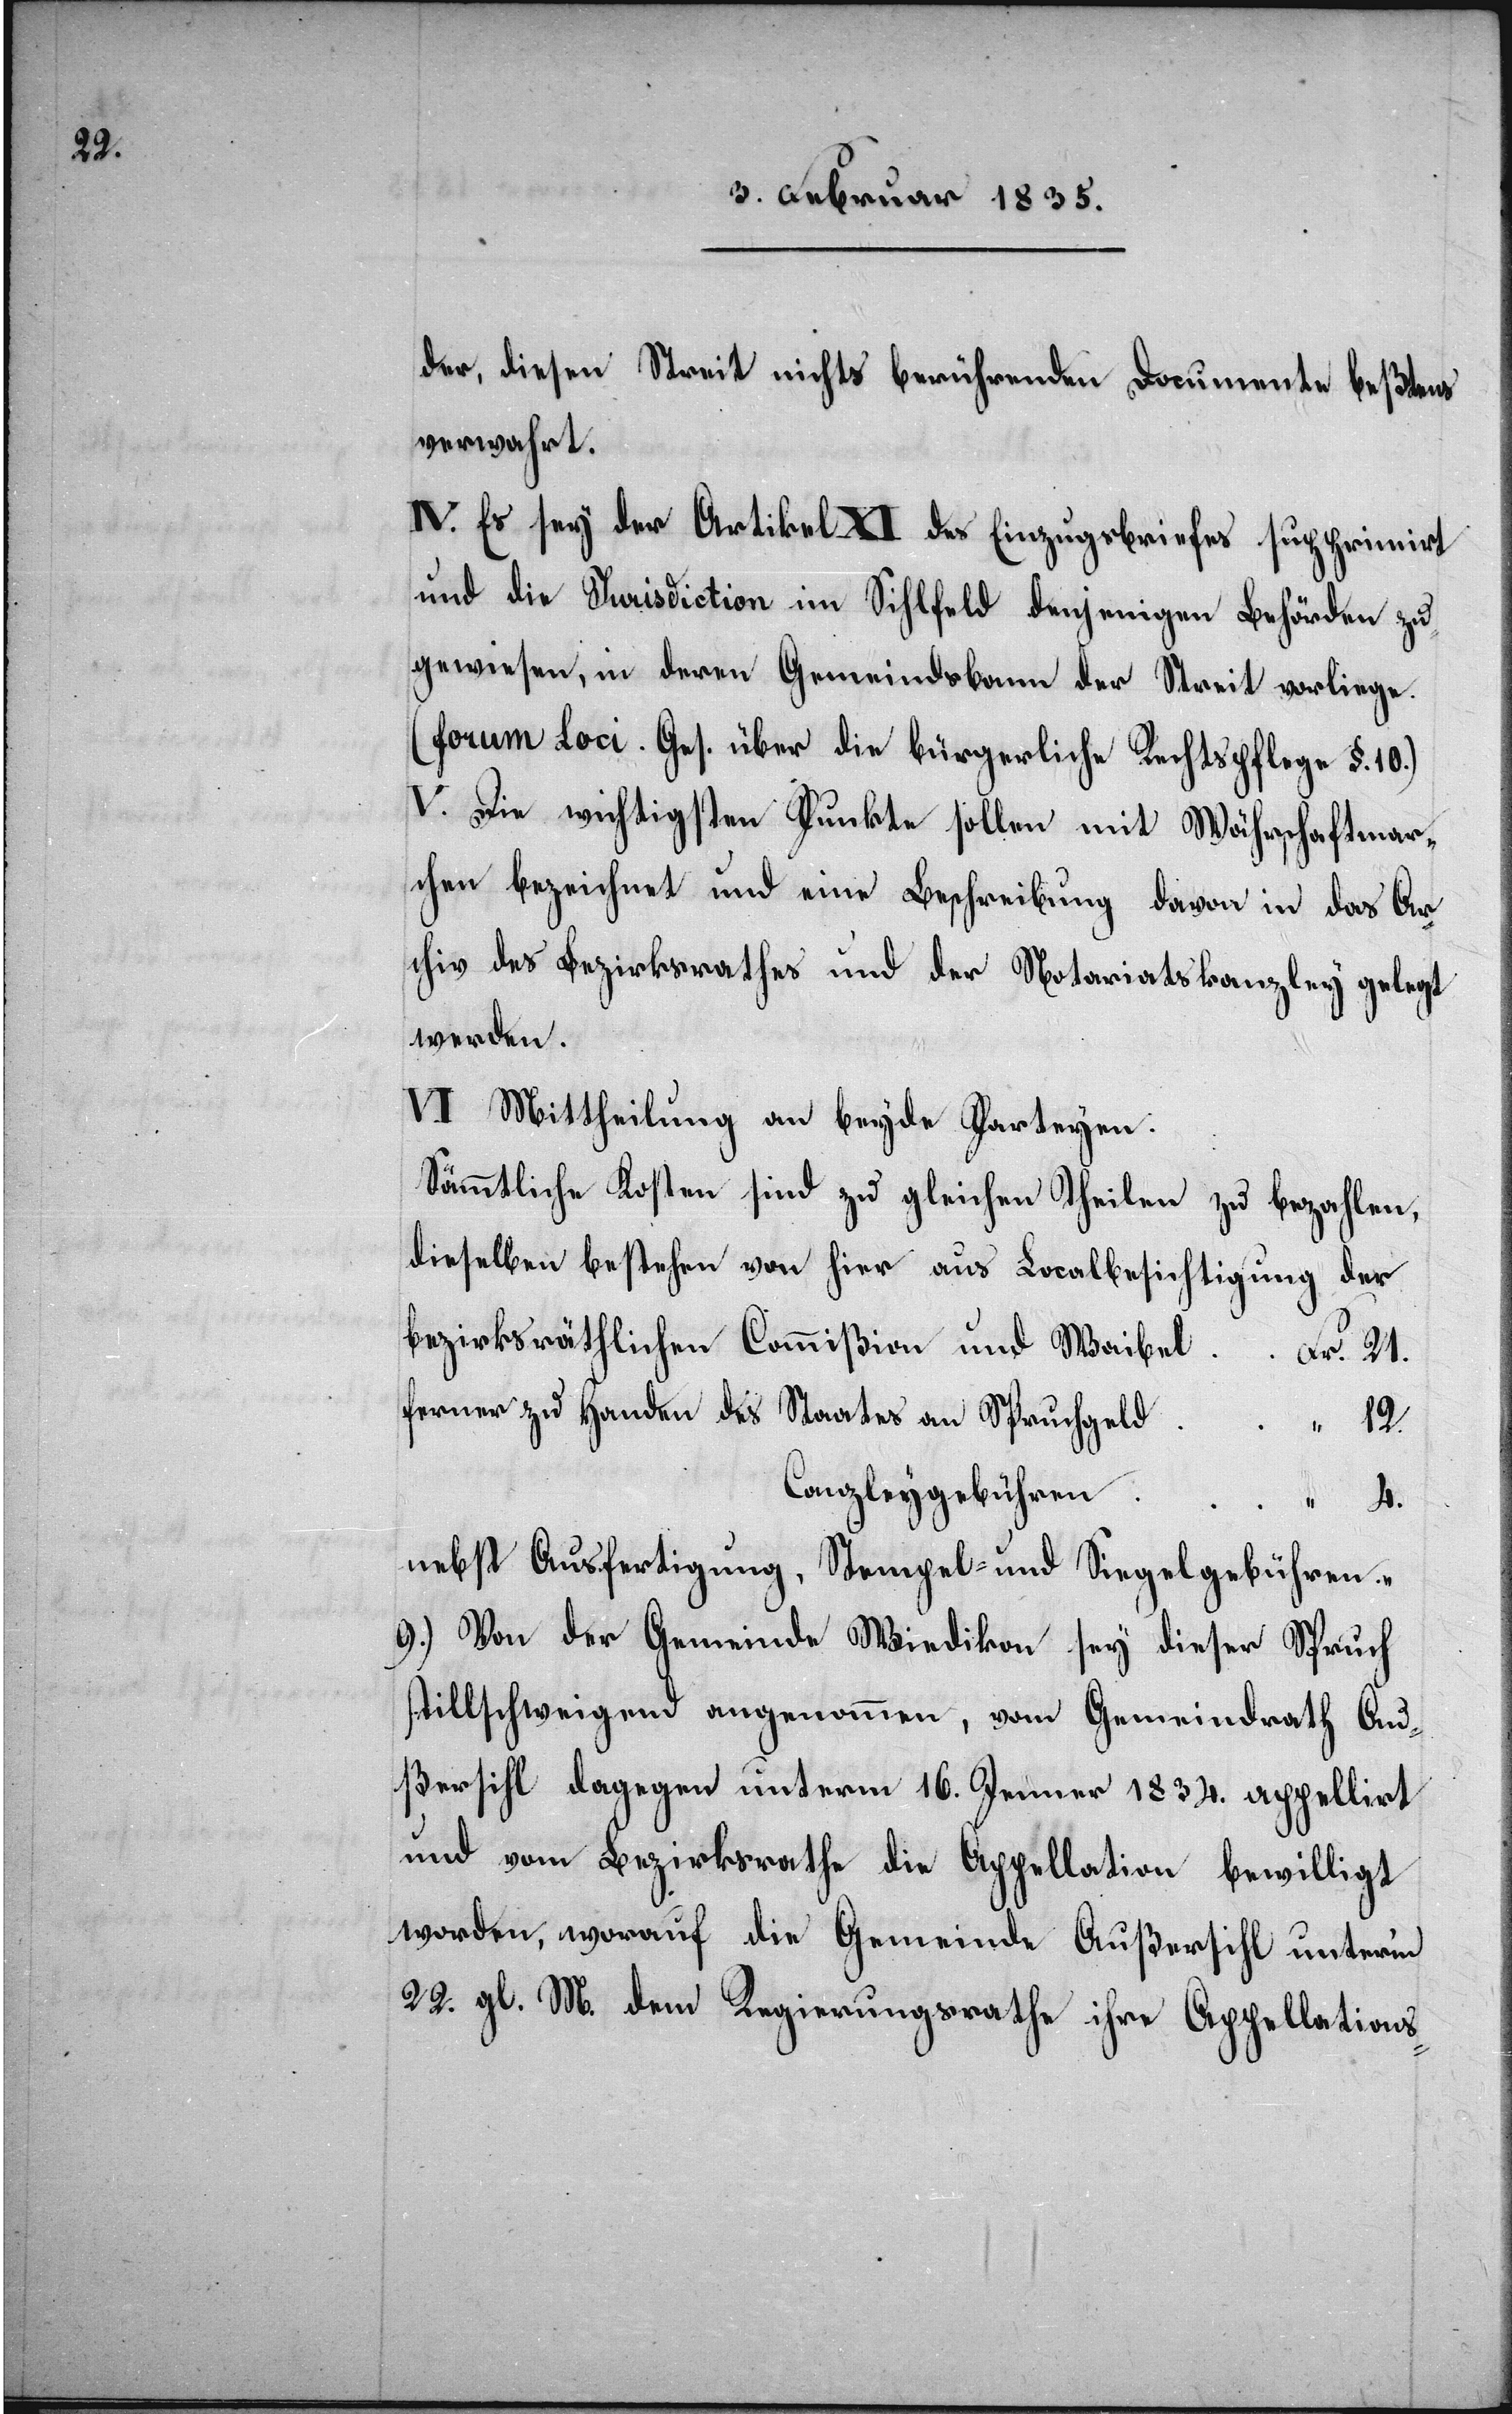
der, diesen Streit nichts berührenden Documente beßtens
verwahrt.
IV. Es sey der Artikel XI des Einzugsbriefes supprimirt
und die Jurisdiction im Sihlfeld denjenigen Behörden zu¬
gewiesen, in deren Gemeindsbann der Streit vorliege.
(forum Loci. Ges. über die bürgerliche Rechtspflege §. 10.)
V. Die wichtigsten Punkte sollen mit Währhaftmar¬
chen bezeichnet und eine Beschreibung davon in das Ar¬
chiv des Bezirksrathes und der Notariatskanzley gelegt
werden.
VI. Mittheilung an beyde Parteyen:
Sämmtliche Kosten sind zu gleichen Theilen zu bezahlen,
dieselben bestehen von hier aus Localbesichtigung der
bezirksräthlichen Commißion und Waibel
Fr. 21.
ferner zu Handen des Staates an Spruchgeld 		 “ 12.
Canzleygebühren “ 4.
nebst Ausfertigung, Stempel- und Siegelgebühren.
9.) Von der Gemeinde Wiedikon sey dieser Spruch
stillschweigend angenommen, vom Gemeindrath Au¬
ßersihl dagegen unterm 16. Januar 1834. appellirt
und vom Bezirksrathe die Appellation bewilligt
worden, worauf die Gemeinde Außersihl unterm
22. gl. M. dem Regierungsrathe ihre Appellations-